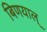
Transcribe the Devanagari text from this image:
बिणयाल्